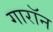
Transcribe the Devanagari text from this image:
गारॉन